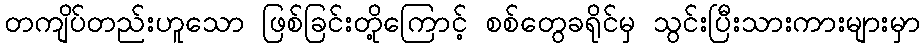
တကျိပ်တည်းဟူသော ဖြစ်ခြင်းတို့ကြောင့် စစ်တွေခရိုင်မှ သွင်းပြီးသားကားများမှာ